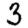
Digit: 3